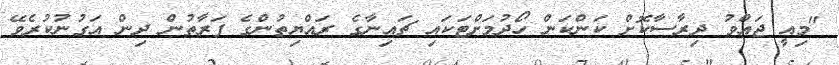
"މިއީ ޖައްވު ދިރާސާކޮށް ކަންކަން ހޯދުމަށްޓަކައި ޗައިނާގެ ރައްޔިތުންގެ ފަރާތުން ދިން އަގުނުކުރެވޭ